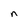
Character: n